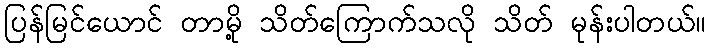
ပြန်မြင်ယောင် တာမို့ သိတ်ကြောက်သလို သိတ် မုန်းပါတယ်။